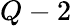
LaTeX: Q-2